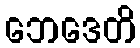
ဘေဒေတိ